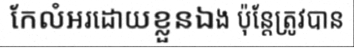
កែលំអរដោយខ្លួនឯង ប៉ុន្តែត្រូវបាន